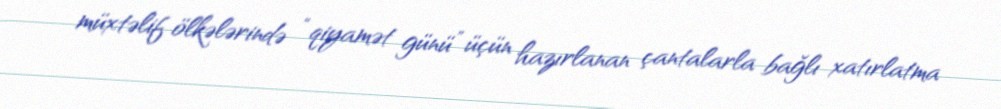
müxtəlif ölkələrində “qiyamət günü” üçün hazırlanan çantalarla bağlı xatırlatma